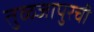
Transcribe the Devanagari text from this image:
तुळजापुरची